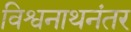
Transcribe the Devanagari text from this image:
विश्वनाथनंतर